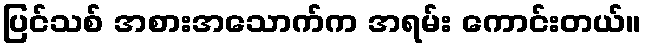
ပြင်သစ် အစားအသောက်က အရမ်း ကောင်းတယ်။